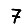
Digit: 7